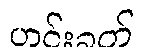
ဟင်းခတ်